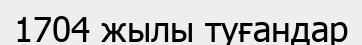
1704 жылы туғандар